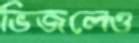
ভিজলেও